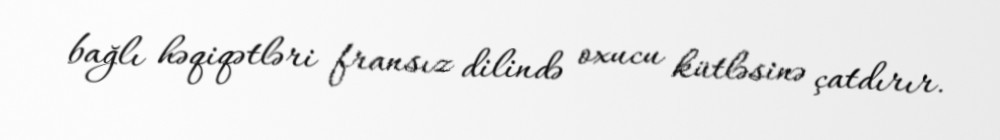
bağlı həqiqətləri fransız dilində oxucu kütləsinə çatdırır.